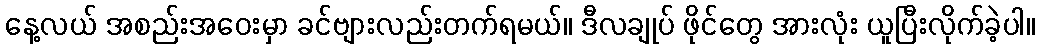
နေ့လယ် အစည်းအဝေးမှာ ခင်ဗျားလည်းတက်ရမယ်။ ဒီလချုပ် ဖိုင်တွေ အားလုံး ယူပြီးလိုက်ခဲ့ပါ။